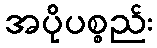
အပိုပစ္စည်း